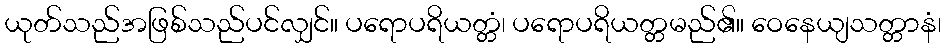
ယုတ်သည်အဖြစ်သည်ပင်လျှင်။ ပရောပရိယတ္တံ၊ ပရောပရိယတ္တမည်၏။ ဝေနေယျသတ္တာနံ၊